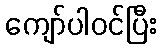
ကျော်ပါဝင်ပြီး